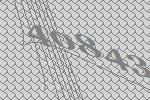
40843